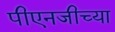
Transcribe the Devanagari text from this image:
पीएनजीच्या